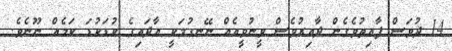
14 ދުވަސް ފާއިތުވެގެން ދާއިރުވެސް ވީނުވީއެއް ނޭނގުމަކީ އާދައިގެ ކުޑަކުޑަ ކަމެއް ނޫނެވެ.